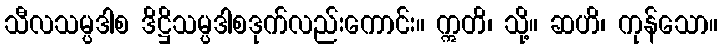
သီလသမ္ပဒါစ ဒိဋ္ဌိသမ္ပဒါစဒုက်လည်းကောင်း။ ဣတိ၊ သို့။ ဆဟိ၊ ကုန်သော။